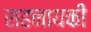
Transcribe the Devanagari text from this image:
सहनायकी